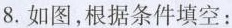
8.如图，根据条件填空：